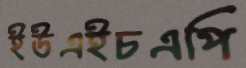
ইউএইচএপি